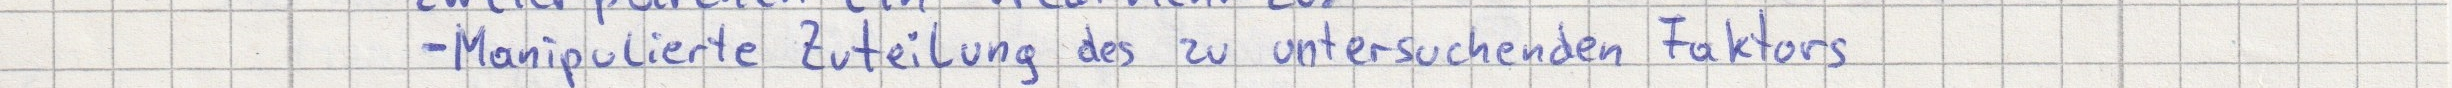
- Manipulierte Zuteilung des zu untersuchenden Faktors